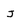
Character: j